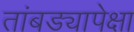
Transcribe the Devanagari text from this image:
तांबड्यापेक्षा